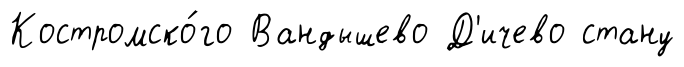
Костромско́го Вандышево Д'ичево стану